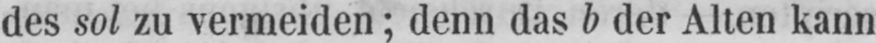
des sol zu vermeiden; denn das b der Alten kann